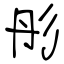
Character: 彤